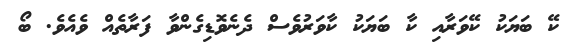
ކޭ ބަޔަކު ކޭވަރާއި ކާ ބަޔަކު ކާވަރުވެސް ދެނެވޮޑިގެންވާ ފަރާތެއް ވެއެވެ. ބޯ